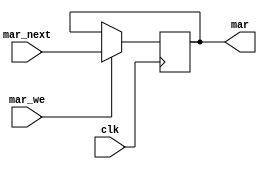
module mar(clk, mar_we, mar_next, mar);
    input clk;
    input mar_we;
    input [31:0] mar_next;
    output reg [31:0] mar;
  always @(posedge clk) begin
    if (mar_we == 1) begin
      mar <= mar_next;
    end
  end
endmodule